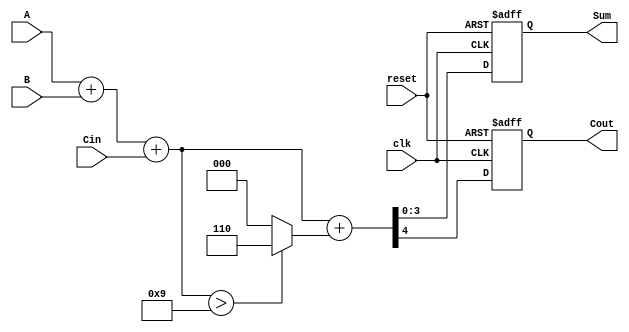
module bcd_synchronous_adder (
    input wire clk,
    input wire reset,
    input wire [3:0] A,      // First BCD input
    input wire [3:0] B,      // Second BCD input
    input wire Cin,          // Carry input
    output reg [3:0] Sum,    // BCD sum output
    output reg Cout          // Carry output
);

    wire [4:0] binary_sum;   // 5-bit to accommodate carry
    wire [4:0] corrected_sum; // After BCD correction

    // Calculate the initial binary sum
    assign binary_sum = A + B + Cin;

    // BCD correction: add 6 if binary sum exceeds 9
    assign corrected_sum = binary_sum + (binary_sum > 9 ? 5'd6 : 5'd0);

    // Sequential logic
    always @(posedge clk or posedge reset) begin
        if (reset) begin
            Sum <= 4'b0000;    // Reset Sum to 0
            Cout <= 1'b0;      // Reset carry out
        end else begin
            Sum <= corrected_sum[3:0]; // Lower 4 bits for BCD output
            Cout <= corrected_sum[4];   // Carry out (5th bit)
        end
    end
endmodule